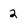
Character: 2